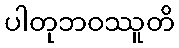
ပါတုဘဝဿူတိ